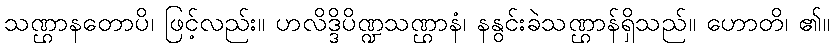
သဏ္ဌာနတောပိ၊ ဖြင့်လည်း။ ဟလိဒ္ဒိပိဏ္ဍသဏ္ဌာနံ၊ နနွင်းခဲသဏ္ဌာန်ရှိသည်။ ဟောတိ၊ ၏။